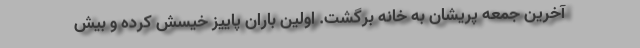
آخرین جمعه پریشان به خانه برگشت. اولین باران پاییز خیسش کرده و بیش